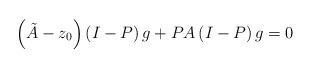
LaTeX: \begin{align*}\left( \tilde{A}-z_{0} \right)\left( I-P \right)g+PA\left( I-P \right)g=0\end{align*}